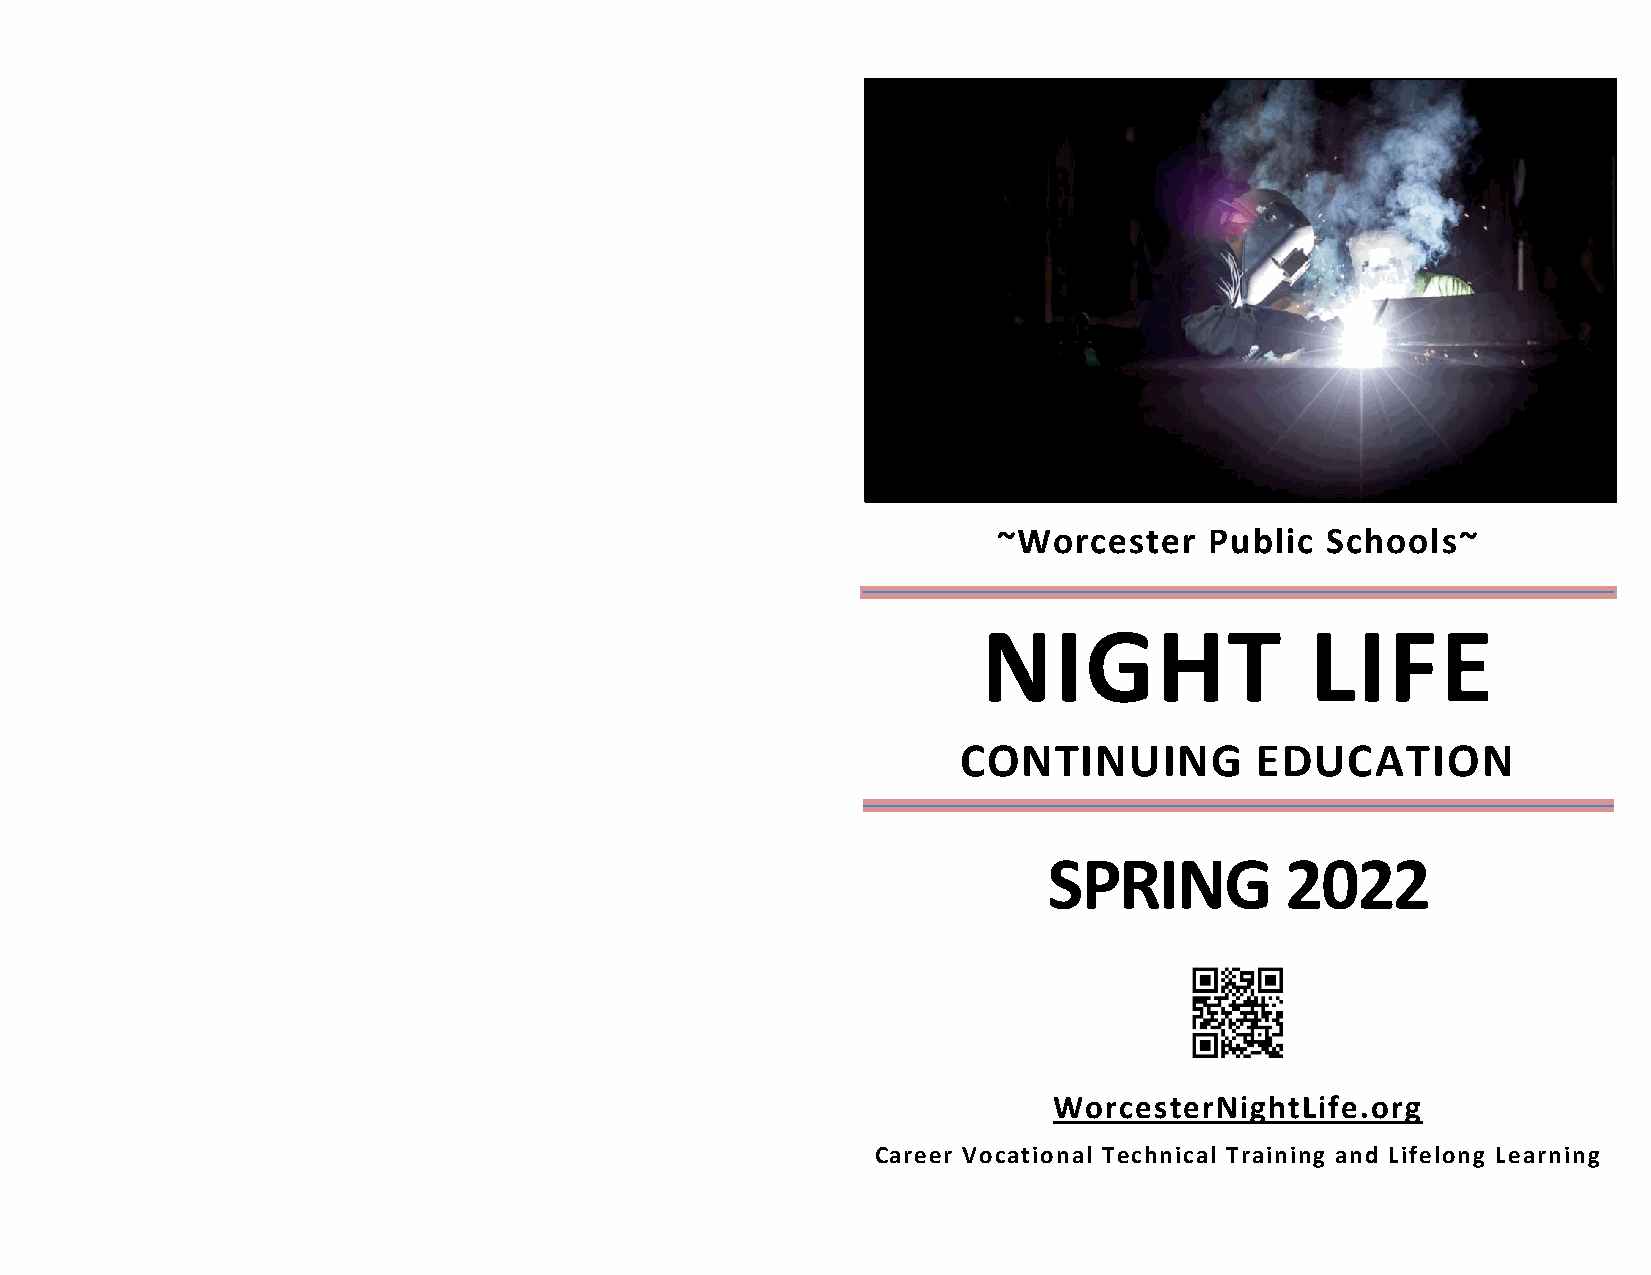
~Worcester    Public  Schools~
 NIGHT                 LIFE
 CONTINUING         EDUCATION
 SPRING          2022
 WorcesterNightLife.org
 Career Vocational Technical Training and Lifelong Learning